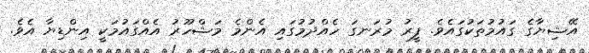
އޭޝިޔާގެ ގައުމުތަކުގައެވެ. ފީރު މުރަނގަ ހެއްދުމުގައި އެންމެ މަޝްހޫރު އެއްގައުމަކީ އިންޑިޔާ އެވެ.